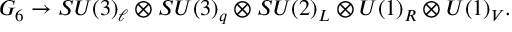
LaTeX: G _ { 6 } \to S U ( 3 ) _ { \ell } \otimes S U ( 3 ) _ { q } \otimes S U ( 2 ) _ { L } \otimes U ( 1 ) _ { R } \otimes U ( 1 ) _ { V } .